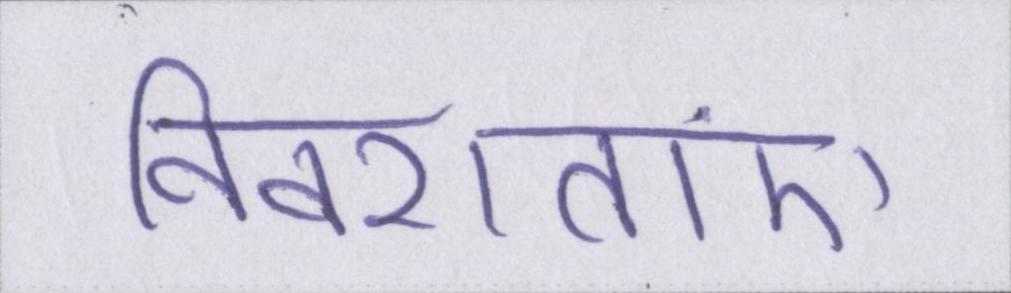
विवशताएं